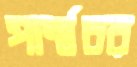
পার্শ্বচর